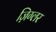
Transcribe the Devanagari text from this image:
ज़िग्लर